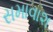
સમાવાશ